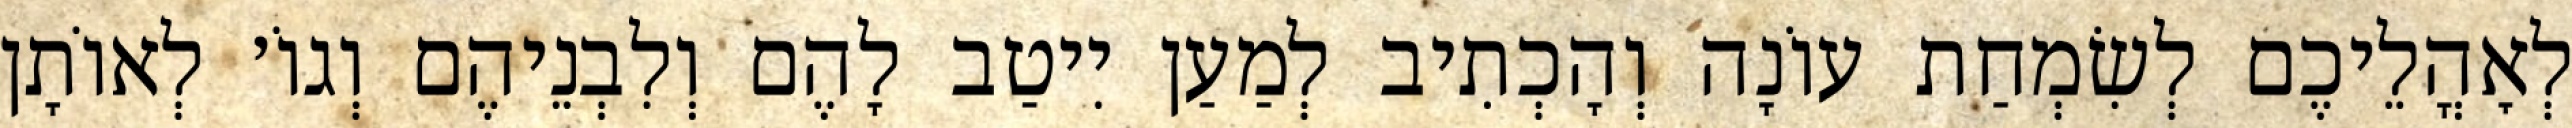
לְאׇהֳלֵיכֶם לְשִׂמְחַת עוֹנָה וְהָכְתִיב לְמַעַן יִיטַב לָהֶם וְלִבְנֵיהֶם וְגוֹ׳ לְאוֹתָן